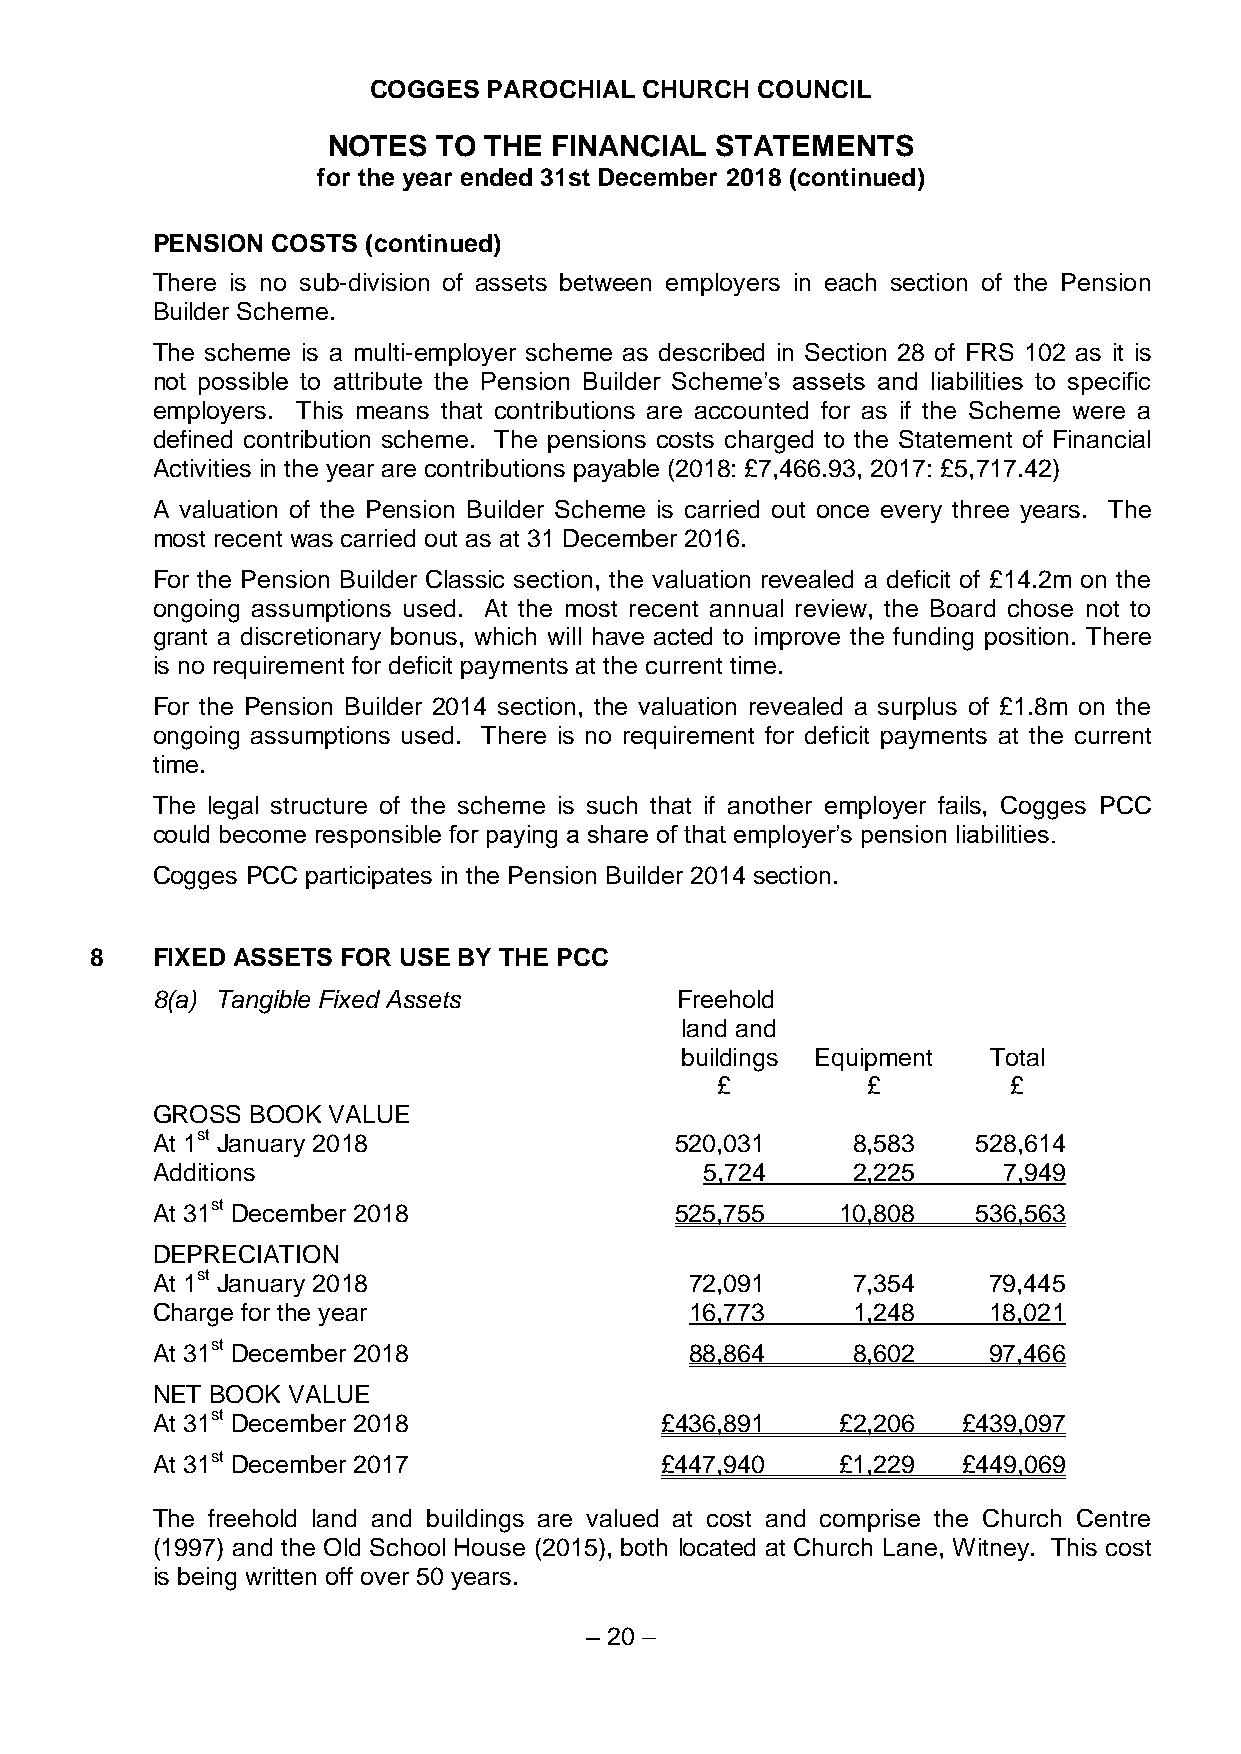
COGGES PAROCHIAL  CHURCH COUNCIL
 NOTES  TO THE FINANCIAL  STATEMENTS
 for the year ended 31st December 2018 (continued)
 PENSION COSTS (continued)
 There is no sub-division of assets between employers in each section of the Pension
 Builder Scheme.
 The scheme is a multi-employer scheme as described in Section 28 of FRS 102 as it is
 not possible to attribute the Pension Builder Scheme’s assets and liabilities to specific
 employers. This means that contributions are accounted for as if the Scheme were a
 defined contribution scheme. The pensions costs charged to the Statement of Financial
 Activities in the year are contributions payable (2018: £7,466.93, 2017: £5,717.42)
 A valuation of the Pension Builder Scheme is carried out once every three years. The
 most recent was carried out as at 31 December 2016.
 For the Pension Builder Classic section, the valuation revealed a deficit of £14.2m on the
 ongoing assumptions used. At the most recent annual review, the Board chose not to
 grant a discretionary bonus, which will have acted to improve the funding position. There
 is no requirement for deficit payments at the current time.
 For the Pension Builder 2014 section, the valuation revealed a surplus of £1.8m on the
 ongoing assumptions used. There is no requirement for deficit payments at the current
 time.
 The legal structure of the scheme is such that if another employer fails, Cogges PCC
 could become responsible for paying a share of that employer’s pension liabilities.
 Cogges PCC participates in the Pension Builder 2014 section.
 8   FIXED ASSETS FOR USE BY THE PCC
 8(a) Tangible Fixed Assets         Freehold
 land and
 buildings Equipment Total
 £         £         £
 GROSS  BOOK VALUE
 At 1st January 2018                520,031    8,583    528,614
 Additions                            5,724    2,225     7,949
 At 31st December 2018              525,755    10,808   536,563
 DEPRECIATION
 At 1st January 2018                 72,091    7,354    79,445
 Charge for the year                 16,773    1,248    18,021
 At 31st December 2018               88,864    8,602    97,466
 NET BOOK VALUE
 At 31st December 2018             £436,891    £2,206  £439,097
 At 31st December 2017             £447,940    £1,229  £449,069
 The freehold land and buildings are valued at cost and comprise the Church Centre
 (1997) and the Old School House (2015), both located at Church Lane, Witney. This cost
 is being written off over 50 years.
 – 20 –